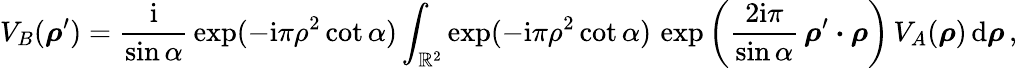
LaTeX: V_{B}(\boldsymbol\rho^{\prime})={\frac{\mathrm{i}}{\sin\alpha}}\exp(-\mathrm{i}\pi\rho^{2}\cot\alpha)\int_{{\mathbb R}^{2}}\exp(-\mathrm{i}\pi\rho^{2}\cot\alpha)\, \exp\left({\frac{2\mathrm{i}\pi}{\sin\alpha}}\, \boldsymbol\rho^{\prime}\boldsymbol\cdot\boldsymbol\rho\right)\, V_{A}(\boldsymbol\rho)\, \mathrm{d}\boldsymbol\rho\, ,